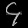
Digit: ၄